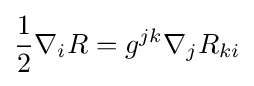
{\frac {1}{2}}\nabla _{i}R=g^{jk}\nabla _{j}R_{ki}